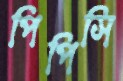
পিপিসি